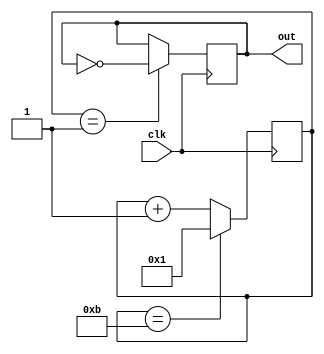
module LowC (clk, out);
	input clk;
	output out;
	
reg[14:0] clkDivider = 11;
reg[14:0] counter;

always @(posedge clk)
	if(counter == clkDivider)
		counter <= 1;
	else counter <= counter + 1;
	
reg out;
always @(posedge clk)
	if(counter == 1)
		out <= ~out;

endmodule